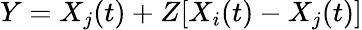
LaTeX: Y=X_{j}(t)+Z[X_{i}(t)-X_{j}(t)]